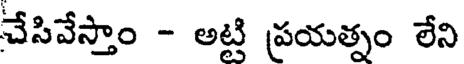
చేసివేస్తాం - అట్టి ప్రయత్నం లేని